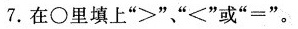
7.在\circ 里填上”>””≤”或”=”。